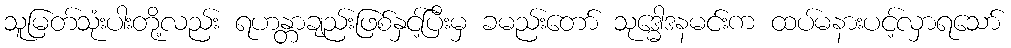
သူမြတ်သုံးပါးတို့လည်း ရဟန္တာချည်းဖြစ်နှင့်ပြီးမှ ခမည်းတော် သုဒ္ဓေါဒနမင်းက ထပ်မနားပင့်လှာရသော်